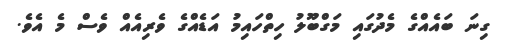
ގިނަ ބައެއްގެ މެދުގައި މަގްބޫލު ހިތްހައިމު އަޑެއްގެ ވެރިއެއް ވެސް މެ އެވެ.